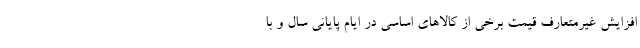
افزایش غیرمتعارف قیمت برخی از کالاهای اساسی در ایام پایانی سال و با